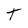
Character: t